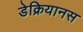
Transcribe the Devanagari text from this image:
डेक्रियानस